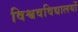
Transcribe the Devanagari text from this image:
विश्ववविद्यालयों